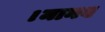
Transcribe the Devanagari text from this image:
।मानव